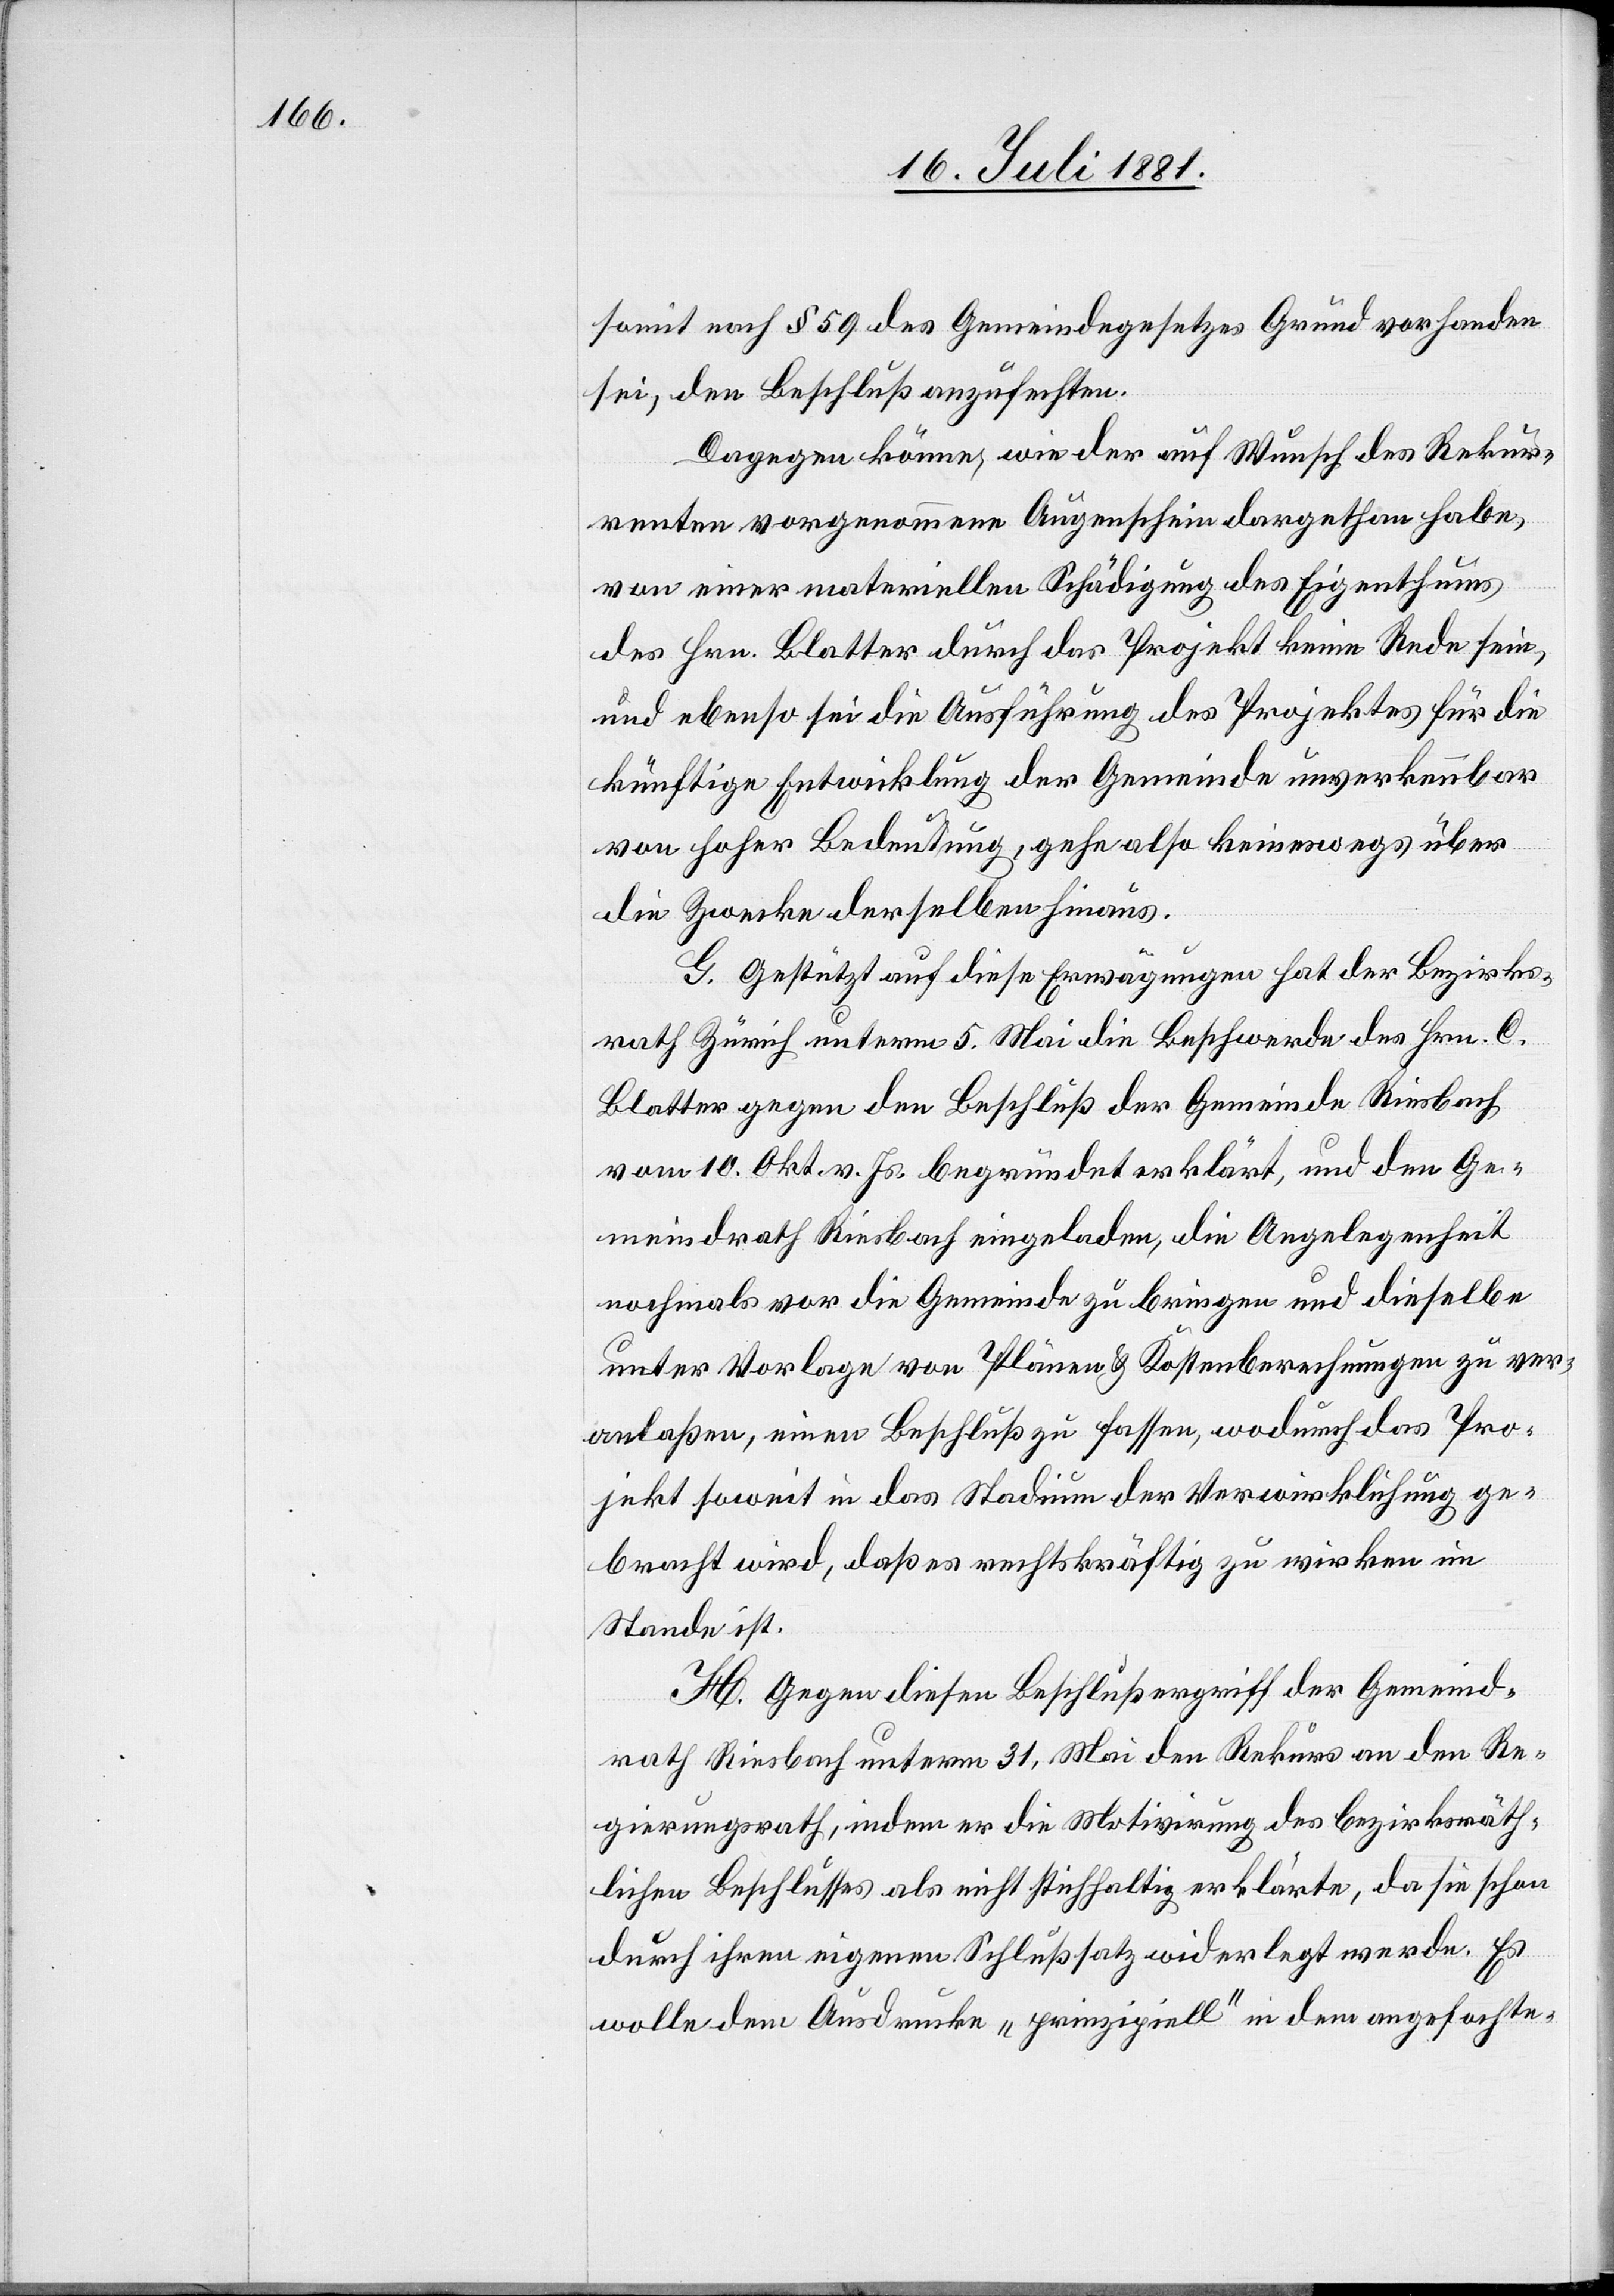
somit nach § 59 des Gemeindegesetzes Grund vorhanden
sei, den Beschluß anzufechten.
Dagegen könne, wie der auf Wunsch des Rekur¬
renten vorgenommene Augenschein dargethan habe,
von einer materiellen Schädigung des Eigenthums
des Hrn. Blatter durch das Projekt keine Rede sein,
und ebenso sei die Ausführung des Projektes für die
künftige Entwicklung der Gemeinde unverkennbar
von hoher Bedeutung, gehe also keineswegs über
die Zwecke derselben hinaus.
G. Gestützt auf diese Erwägungen hat der Bezirks¬
rath Zürich unterm 5. Mai die Beschwerde der Hrn. C.
Blatter gegen den Beschluß der Gemeinde Riesbach
vom 10. Okt. v. Js. begründet erklärt, und den Ge¬
meindrath Riesbach eingeladen, die Angelegenheit
nochmals vor die Gemeinde zu bringen und dieselbe
unter Vorlage von Plänen & Kostenberechnungen zu ver¬
anlaßen, einen Beschluß zu fassen, wodurch das Pro¬
jekt soweit in das Stadium der Verwirklichung ge¬
bracht wird, daß es rechtskräftig zu wirken im
Stande ist.
H. Gegen diesen Beschluß ergriff der Gemeind¬
rath Riesbach unterm 31. Mai den Rekurs an den Re¬
gierungsrath, indem er die Motivirung des bezirksräth¬
lichen Beschlußes als nicht stichhaltig erklärte, da sie schon
durch ihren eigenen Schlußsatz widerlegt werde. Es
wolle dem Ausdrucke „prinzipiell“ in dem angefochte-